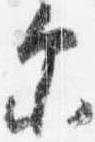
示